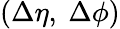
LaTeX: (\Delta\eta,\ \Delta\phi)